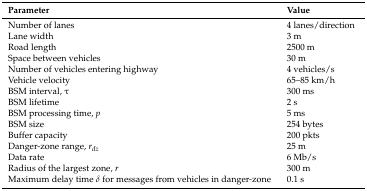
<table><thead><tr><td><b>Parameter</b></td><td><b>Value</b></td></tr></thead><tbody><tr><td>Number of lanes</td><td>4 lanes/direction</td></tr><tr><td>Lane width</td><td>3 m</td></tr><tr><td>Road length</td><td>2500 m</td></tr><tr><td>Space between vehicles</td><td>30 m</td></tr><tr><td>Number of vehicles entering highway</td><td>4 vehicles/s</td></tr><tr><td>Vehicle velocity</td><td>65–85 km/h</td></tr><tr><td>BSM interval, τ</td><td>300 ms</td></tr><tr><td>BSM lifetime</td><td>2 s</td></tr><tr><td>BSM processing time, <i>p</i></td><td>5 ms</td></tr><tr><td>BSM size</td><td>254 bytes</td></tr><tr><td>Buffer capacity</td><td>200 pkts</td></tr><tr><td>Danger-zone range, <i>r<sub>dz</sub></i></td><td>25 m</td></tr><tr><td>Data rate</td><td>6 Mb/s</td></tr><tr><td>Radius of the largest zone, <i>r</i></td><td>300 m</td></tr><tr><td>Maximum delay time <i>δ</i> for messages from vehicles in danger-zone</td><td>0.1 s</td></tr></tbody></table>